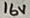
Text: 16V